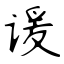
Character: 谖